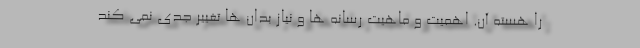
را هسته آن. اهمیت و ماهیت رسانه ها و نیاز بدان ها تغییر جدی نمی کند